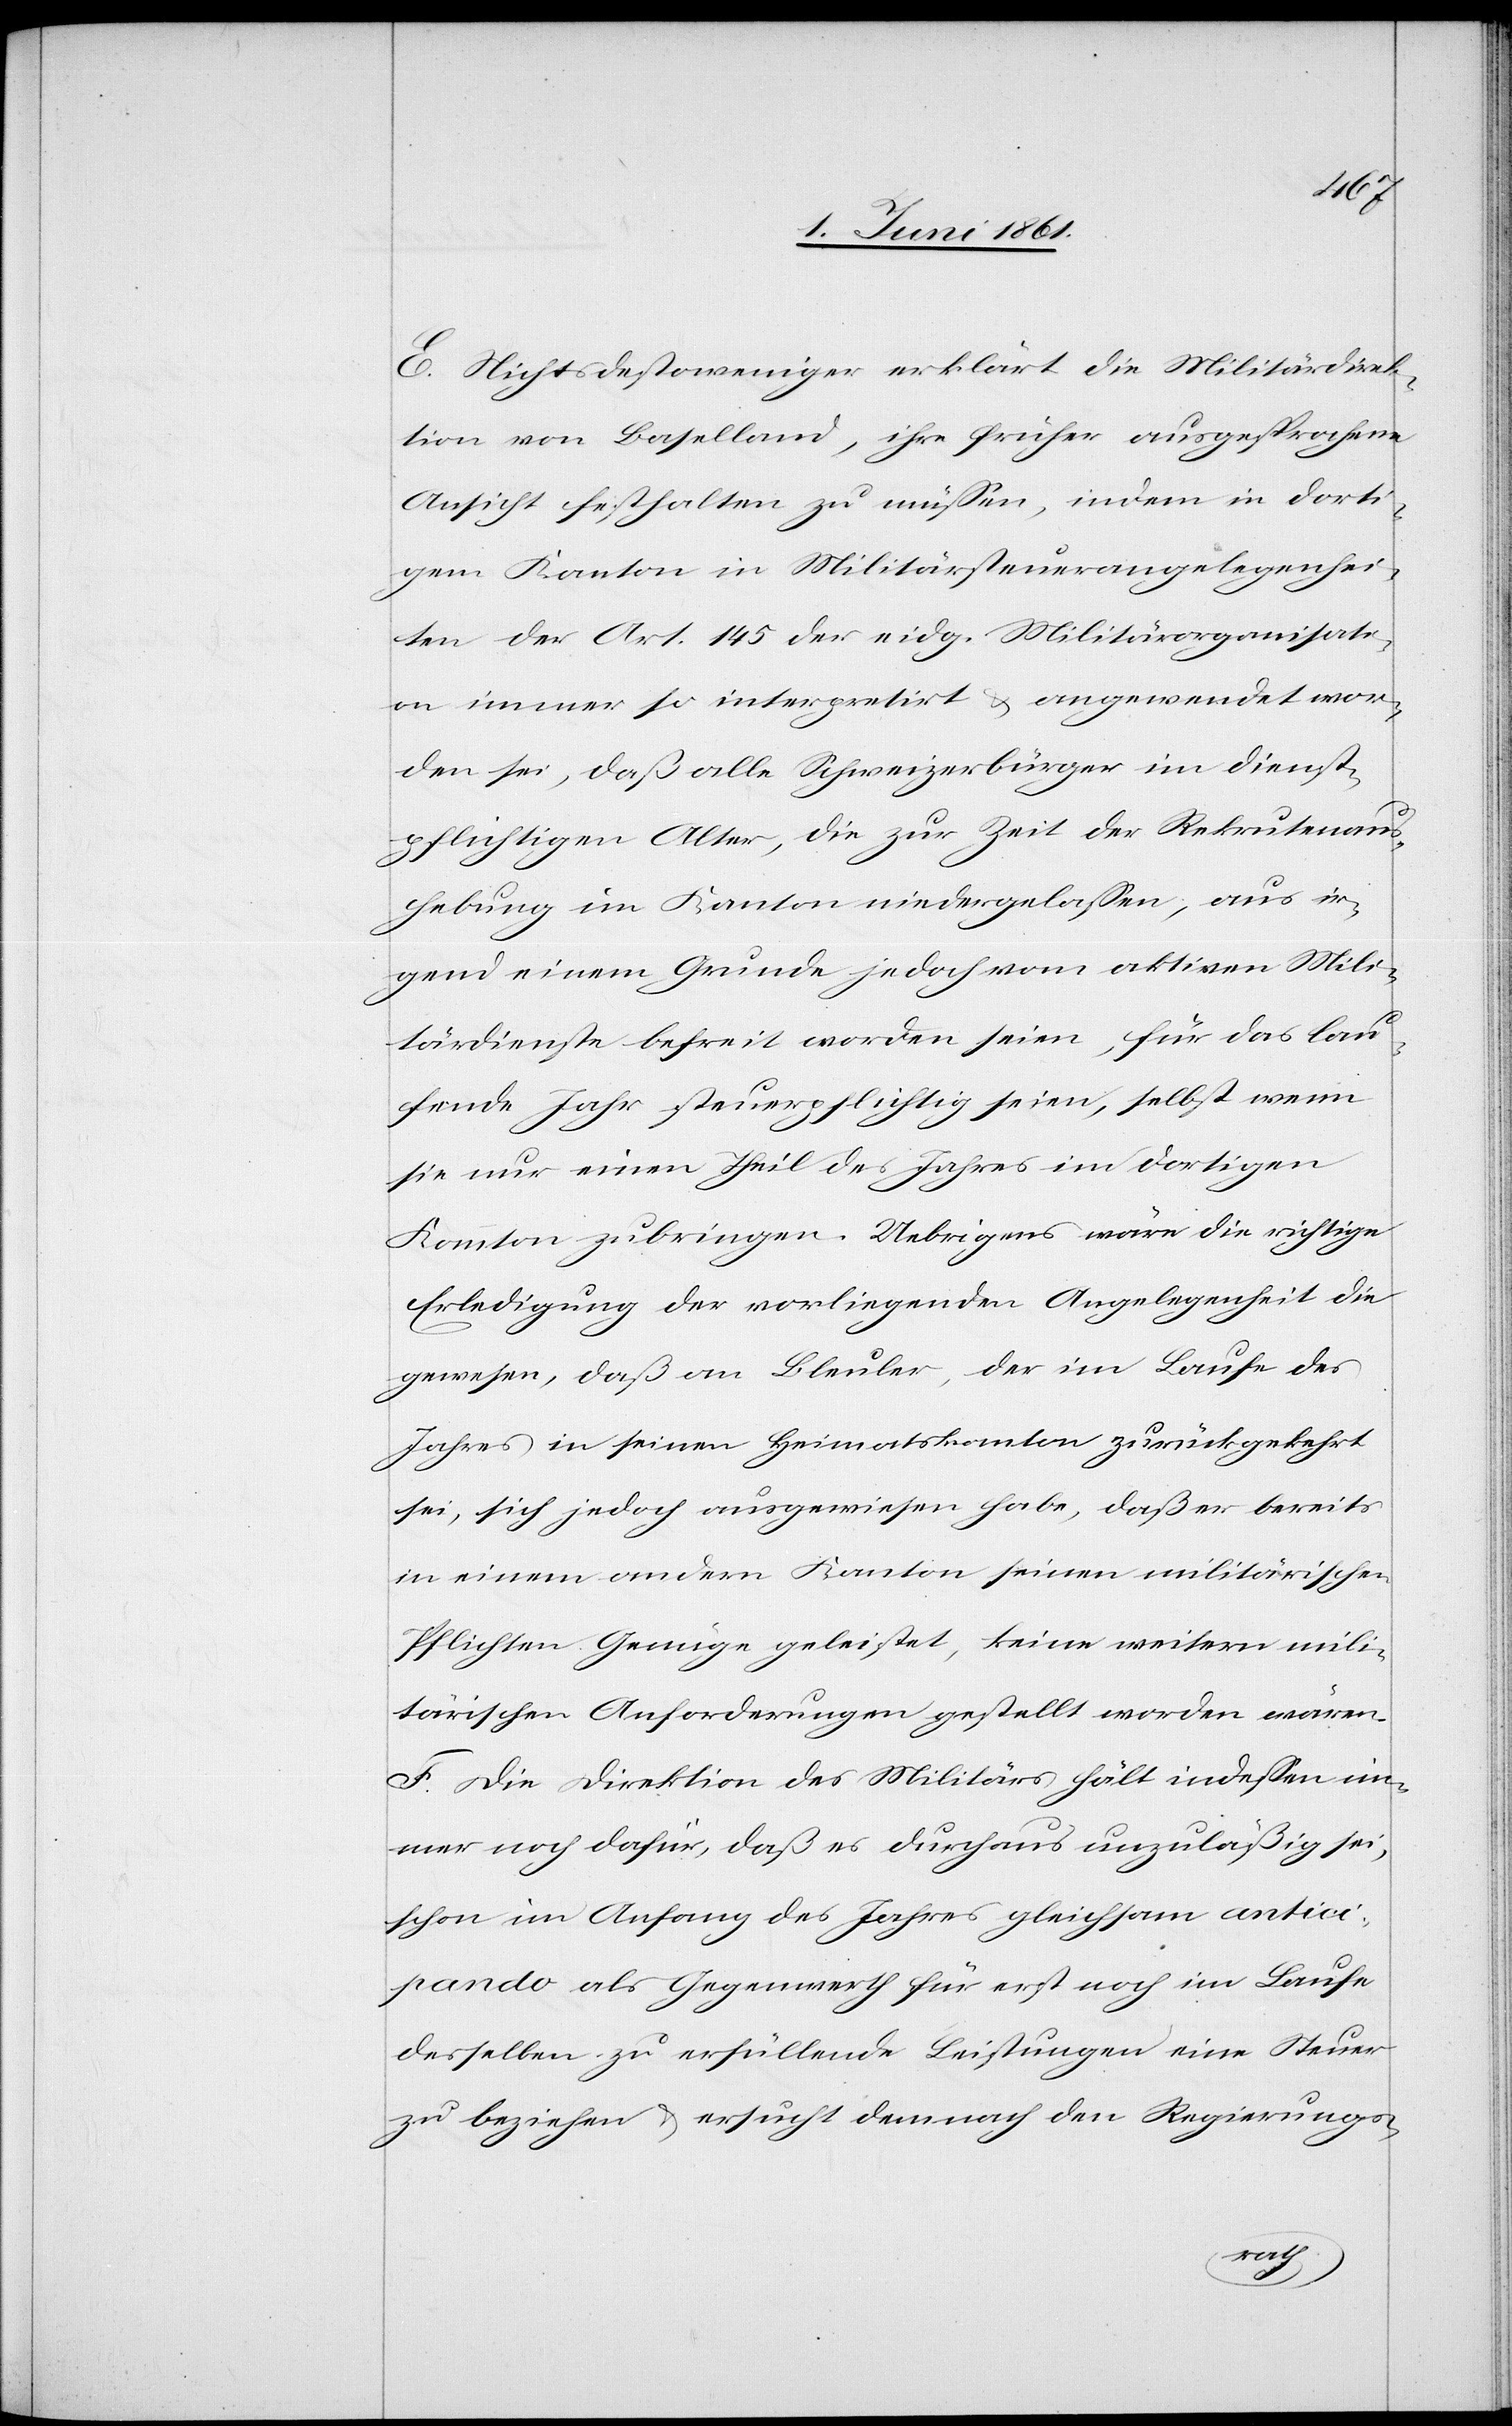
E. Nichtsdestoweniger erklärt die Militärdirek¬
tion von Baselland, ihre früher ausgesprochene
Ansicht festhalten zu müssen, indem in dorti¬
gem Kanton in Militärsteuerangelegenhei¬
ten der Art. 145 der eidg. Militärorganisati¬
on immer so interpretirt u. angewendet wor¬
den sei, daß alle Schweizerbürger im Dienst¬
pflichtigen Alter, die zur Zeit der Rekrutenaus¬
hebung im Kanton niedergelassen, aus ir¬
gend einem Grunde jedoch vom aktiven Mili¬
tärdienste befreit worden seien, für das lau¬
fende Jahr steuerpflichtig seien, selbst wenn
sie nur einen Theil des Jahres im dortigen
Kanton zubringen. Uebrigens wäre die richtige
Erledigung der vorliegenden Angelegenheit die
gewesen, daß an Bleuler, der im Laufe des
Jahrs in seinen Heimatskanton zurückgekehrt
sei, sich jedoch ausgewiesen habe, daß er bereits
in einem andern Kanton seinen militärischen
Pflichten Genüge geleistet, keine weitern mili¬
tärischen Anforderungen gestellt worden wären.
F. Die Direktion des Militärs hält indessen im¬
mer noch dafür, daß es durchaus unzuläßig sei,
schon im Anfang des Jahres gleichsam antici¬
pando als Gegenwerth für erst noch im Laufe
desselben zu erfüllende Leistungen eine Steuer
zu beziehen u. ersucht demnach den Regierungs-